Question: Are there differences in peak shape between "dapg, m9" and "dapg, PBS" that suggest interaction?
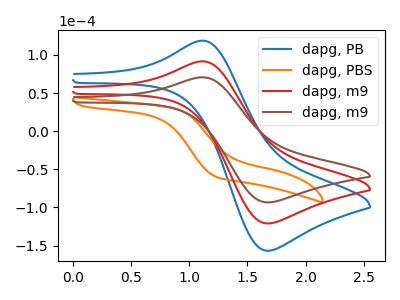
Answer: <think>The blue curve "dapg, PB" has an anodic peak at (1.10V, 183.10uA) and a cathodic peak at (1.65V, -241.90uA). The orange curve "dapg, PBS" has no peaks. The red curve "dapg, m9" has an anodic peak at (1.10V, 91.55uA) and a cathodic peak at (1.65V, -120.95uA). The brown curve "dapg, m9" has an anodic peak at (1.10V, 70.65uA) and a cathodic peak at (1.65V, -93.35uA).
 "dapg, m9" and "dapg, PBS" have a different number of peaks.</think>
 <answer>Yes, "dapg, m9" and "dapg, PBS" are different in shape.</answer>
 <eval>yes_change</eval>